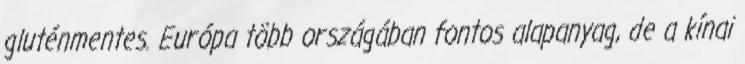
gluténmentes. Európa több országában fontos alapanyag, de a kínai